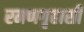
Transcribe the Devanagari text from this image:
रमणगृहासी